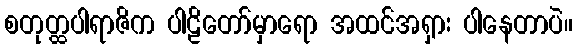
စတုတ္ထပါရာဇိက ပါဠိတော်မှာရော အထင်အရှား ပါနေတာပဲ။